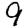
Digit: 9